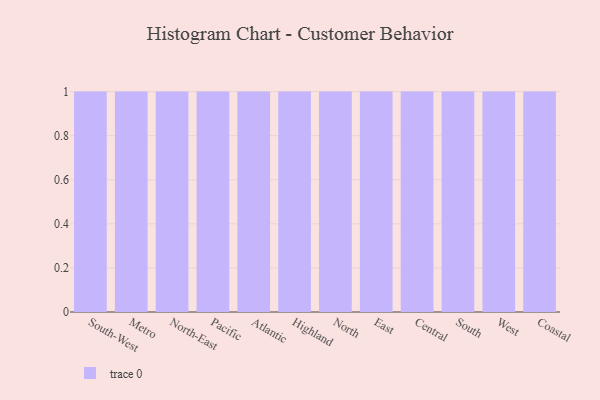
{"axis": {"x": "Region", "y": "Latency (ms)"}, "legend": [""], "data": [{"x": "South-West", "y": 100, "type": ""}, {"x": "Metro", "y": 31, "type": ""}, {"x": "North-East", "y": 14, "type": ""}, {"x": "Pacific", "y": 81, "type": ""}, {"x": "Atlantic", "y": 34, "type": ""}, {"x": "Highland", "y": 37, "type": ""}, {"x": "North", "y": 82, "type": ""}, {"x": "East", "y": 3, "type": ""}, {"x": "Central", "y": 15, "type": ""}, {"x": "South", "y": 1, "type": ""}, {"x": "West", "y": 88, "type": ""}, {"x": "Coastal", "y": 52, "type": ""}]}